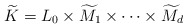
\begin{align*}\widetilde K=L_0 \times \widetilde M_1 \times \cdots \times \widetilde M_d\end{align*}